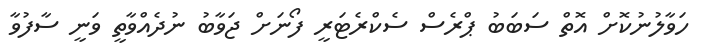
ހަވާލުނުކޮށް އޮތް ސަބަބު ޕްރެސް ސެކްރެޓަރީ ފޯނަށް ޖަވާބު ނުދެއްވާތީ ވަނީ ސާފުވާ